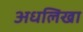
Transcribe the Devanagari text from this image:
अधलिखा